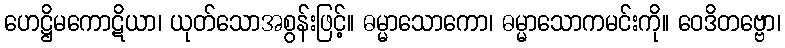
ဟေဋ္ဌိမကောဋိယာ၊ ယုတ်သောအစွန်းဖြင့်။ ဓမ္မာသောကော၊ ဓမ္မာသောကမင်းကို။ ဝေဒိတဗ္ဗော၊